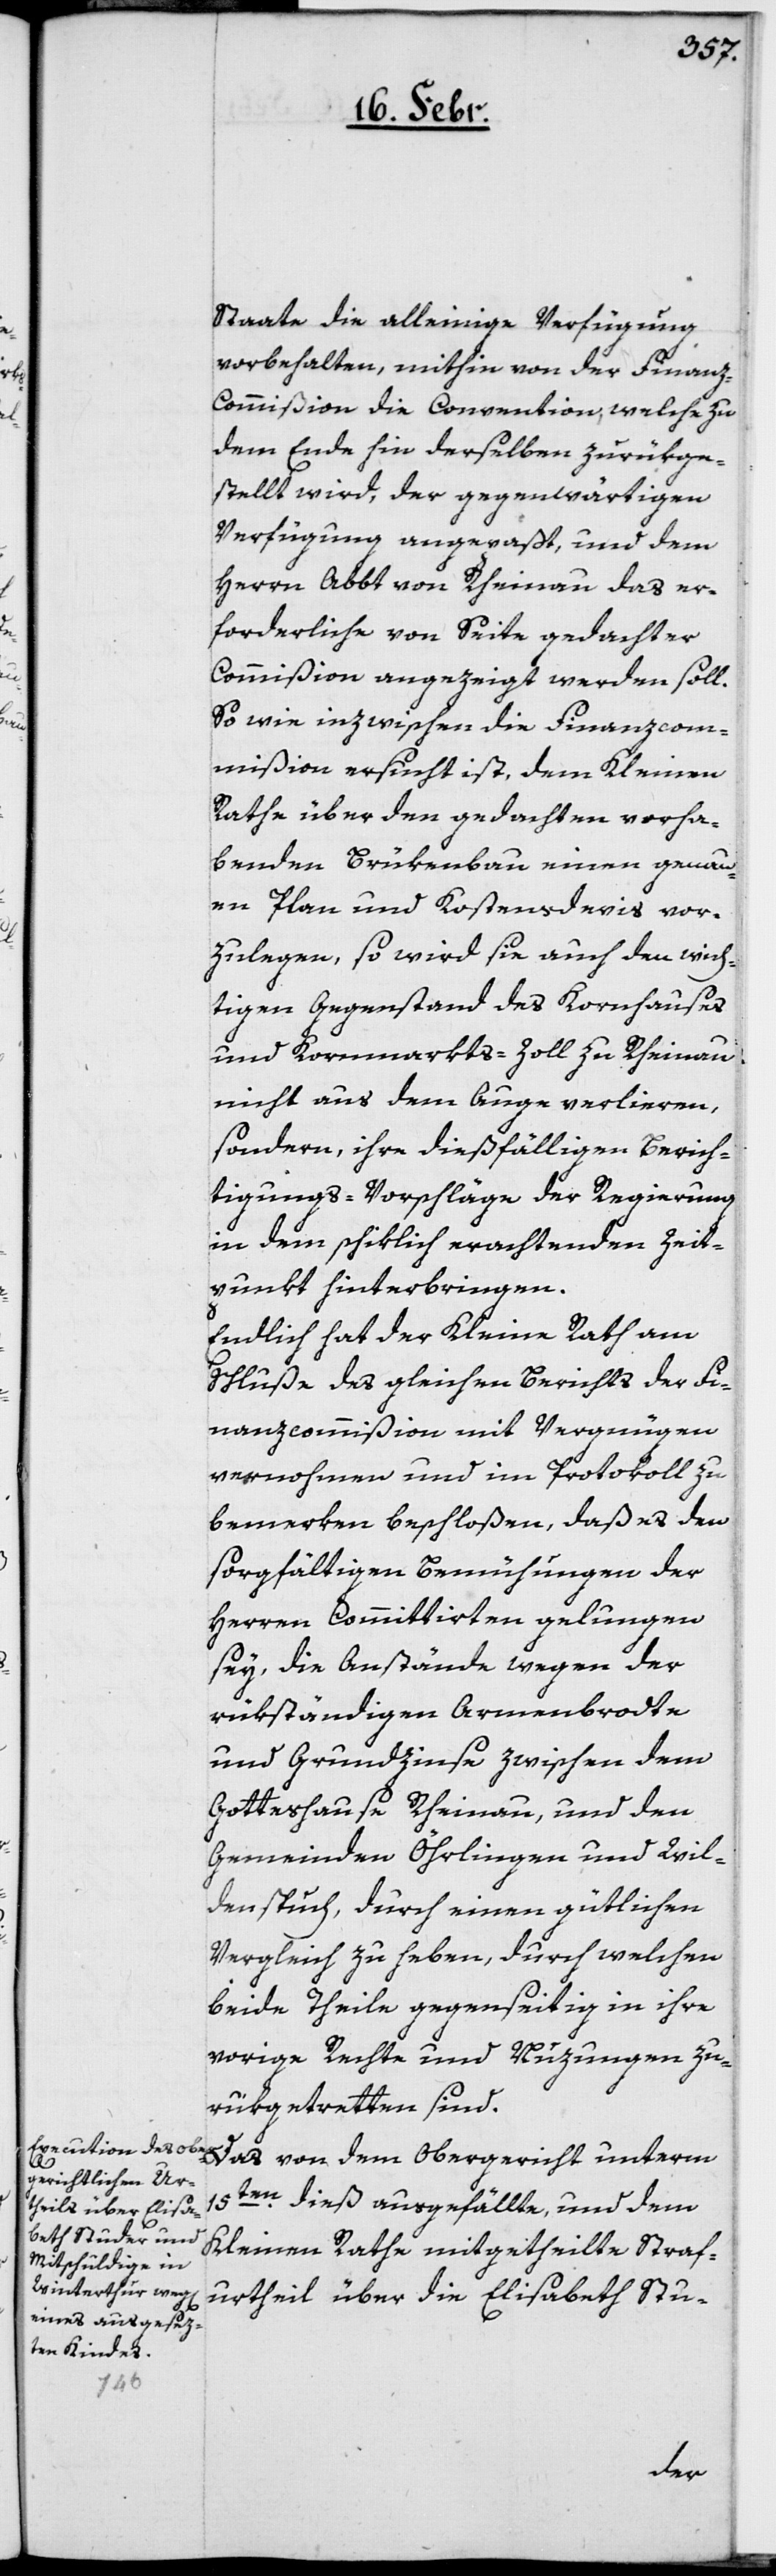
Staate die alleinige Verfügung
vorbehalten, mithin von der Finan¬
z-Commißion die Convention, welche zu
dem Ende hin derselben zurükge¬
stellt wird, der gegenwärtigen
Verfügung angepaßt, und dem
Herrn Abt von Rheinau das Er¬
forderliche von Seite gedachter
Commißion angezeigt werden soll.
So wie inzwischen die Finanzcom¬
mißion ersucht ist, dem Kleinen
Rathe über den gedachten vorha¬
benden Brükenbau einen genau¬
en Plan und Kostensdevis vor¬
zulegen, so wird sie auch den wich¬
tigen Gegenstand des Kornhauses
und Kornmarkt-Zoll zu Rheinau
nicht aus dem Auge verlieren,
sondern ihre dießfällige Berich¬
tigungs-Vorschläge der Regierung
in dem schiklich erachtenden Zeit¬
punkt hinterbringen.
Endlich hat der Kleine Rath am
Schluße des gleichen Berichts der Fi¬
nanzcommißion mit Vergnügen
vernohmen und im Protokoll zu
bemerken beschloßen, daß es den
sorgfältigen Bemühungen der
Herren Committirten gelungen
sey, die Anstände wegen der
rükständigen Armenbrodte
und Grundzinse zwischen dem
Gotteshause Rheinau, und den
Gemeinden Öhrlingen und Wil¬
denspuch, durch einen gütlichen
Vergleich zu heben, durch welchen
beide Theile gegenseitig in ihre
vorige Rechte und Nuzungen zu¬
rükgetretten sind.
Das von dem Obergericht unterm
15ten. dieß ausgefällte, und dem
Kleinen Rathe mitgetheilte Straf¬
urtheil über die Elisabeth Stu-